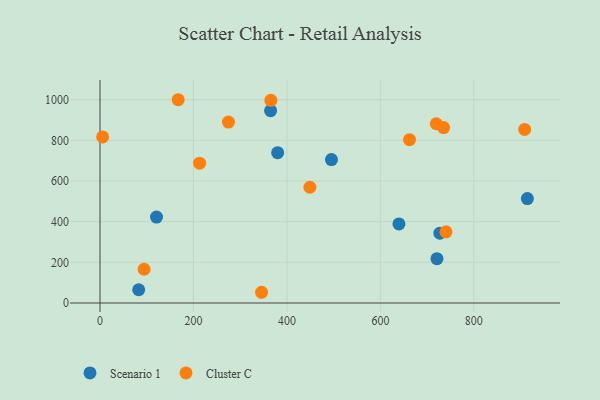
{"axis": {"x": "Speed", "y": "Exam Score"}, "legend": ["Cluster C", "Scenario 1"], "data": [{"x": "380.1", "y": 739.4, "type": "Scenario 1"}, {"x": "727.3", "y": 343.4, "type": "Scenario 1"}, {"x": "120.9", "y": 422.6, "type": "Scenario 1"}, {"x": "495.3", "y": 705.6, "type": "Scenario 1"}, {"x": "365.0", "y": 946.0, "type": "Scenario 1"}, {"x": "721.1", "y": 217.8, "type": "Scenario 1"}, {"x": "914.5", "y": 513.4, "type": "Scenario 1"}, {"x": "639.7", "y": 388.9, "type": "Scenario 1"}, {"x": "82.8", "y": 65.2, "type": "Scenario 1"}, {"x": "662.3", "y": 803.3, "type": "Cluster C"}, {"x": "735.3", "y": 862.7, "type": "Cluster C"}, {"x": "449.1", "y": 569.3, "type": "Cluster C"}, {"x": "908.7", "y": 853.6, "type": "Cluster C"}, {"x": "167.3", "y": 999.7, "type": "Cluster C"}, {"x": "345.7", "y": 52.8, "type": "Cluster C"}, {"x": "719.5", "y": 881.6, "type": "Cluster C"}, {"x": "740.3", "y": 350.3, "type": "Cluster C"}, {"x": "274.8", "y": 889.7, "type": "Cluster C"}, {"x": "213.1", "y": 687.8, "type": "Cluster C"}, {"x": "365.6", "y": 996.9, "type": "Cluster C"}, {"x": "5.6", "y": 816.9, "type": "Cluster C"}, {"x": "94.3", "y": 166.0, "type": "Cluster C"}]}